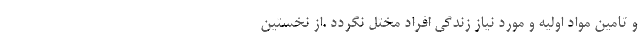
و تامین مواد اولیه و مورد نیاز زندگی افراد مختل نگردد .از نخستین